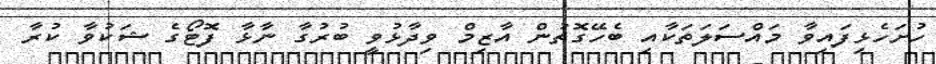
ހުށަހެޅިފައިވާ މައްސަލަތަކާއި ބެހޭގޮތުން އާޒިމް ވިދާޅުވީ ބުރުގާ ނާޅާ ފޮޓޯގެ ޝަކުވާ ކުރާ